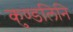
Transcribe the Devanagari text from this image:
कुण्डलिनि